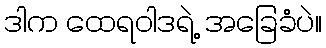
ဒါက ထေရဝါဒရဲ့ အခြေခံပဲ။